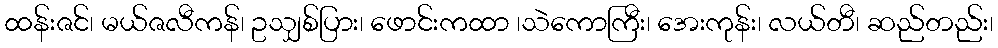
ထန်းဇင်၊ မယ်ဇလီကန်၊ ဥသျှစ်ပြား၊ ဖောင်းကထာ ၊သဲကောကြီး၊ အေးကုန်း၊ လယ်တီ၊ ဆည်တည်း၊